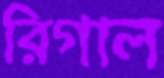
রিগাল